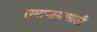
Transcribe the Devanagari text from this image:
समागामासाठी